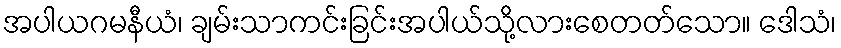
အပါယဂမနီယံ၊ ချမ်းသာကင်းခြင်းအပါယ်သို့လားစေတတ်သော။ ဒေါသံ၊